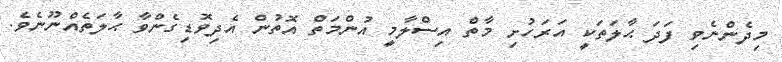
މިދެންނެވި ފަދަ ޙާލަތަކީ އަރަހުށި މާތް އިސްލާމީ އުންމަތް އޮތުން އެދިވޮޑިގެންވާ ޙާލަތެއްނޫނެވެ.